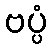
ဗပ္ပံ